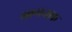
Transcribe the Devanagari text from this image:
भागनाक